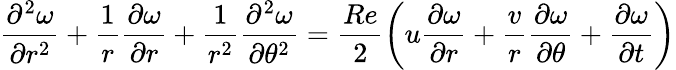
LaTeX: \frac{\partial^{2}\omega}{\partial r^{2}}+\frac{1}{r}\frac{\partial\omega}{\partial r}+\frac{1}{r^{2}}\frac{\partial^{2}\omega}{\partial\theta^{2}}=\frac{Re}{2}\left(u\frac{\partial\omega}{\partial r}+\frac{v}{r}\frac{\partial\omega}{\partial\theta}+\frac{\partial\omega}{\partial t}\right)